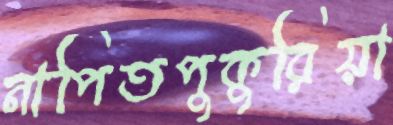
নাপিতপুকুরিয়া